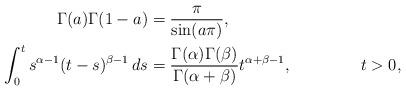
LaTeX: \begin{align*} \Gamma(a) \Gamma(1-a) &= \frac\pi{ \sin(a \pi) }, && \\ \int_0^{t} s^{ \alpha - 1 } (t-s)^{ \beta - 1 } \, ds &= \frac{ \Gamma(\alpha) \Gamma(\beta) }{ \Gamma(\alpha + \beta) } t^{\alpha + \beta - 1}, && t > 0,\end{align*}